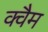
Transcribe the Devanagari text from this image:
क्वैम